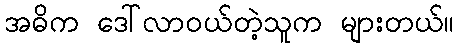
အဓိက ဒေါ်လာဝယ်တဲ့သူက များတယ်။